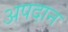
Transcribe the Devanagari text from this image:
अपदान